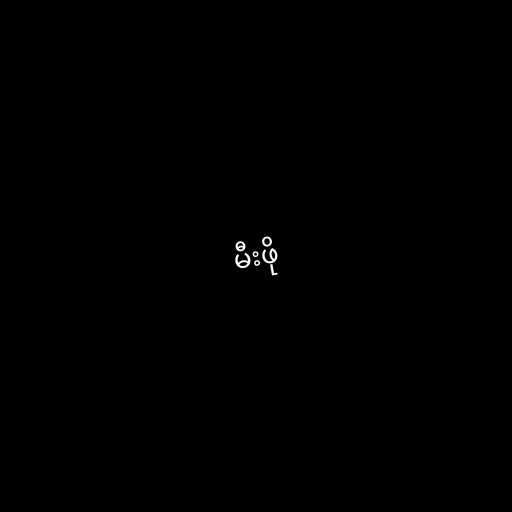
မီးဖို